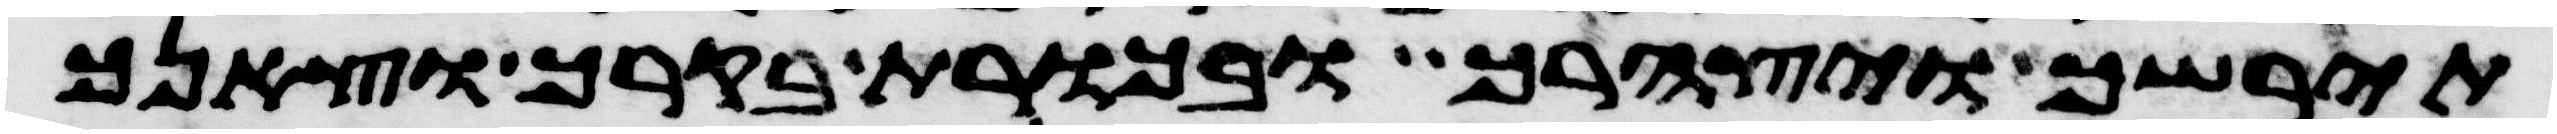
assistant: תירשך ויצהרך ובכורת בקרך וצאנך